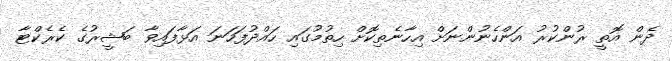
ދެން އޮތީ ރުންކުރު އަންހެނުންނަށް އިހާނެތިކޮށް ހިތުމުގައި ހައްދުފަހަނަ އަޅާފައިވާ ބަޝީރުގެ ކެރެކްޓާ